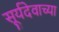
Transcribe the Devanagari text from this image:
सूर्यदेवाच्या